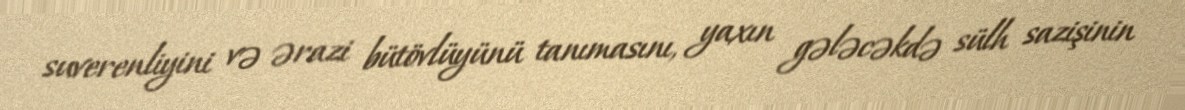
suverenliyini və ərazi bütövlüyünü tanımasını, yaxın gələcəkdə sülh sazişinin